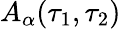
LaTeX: A_{\alpha}(\tau_{1},\tau_{2})